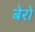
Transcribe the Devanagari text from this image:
बेरो